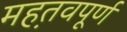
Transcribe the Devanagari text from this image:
मह़तवपूर्ण